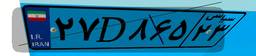
۲۷D۸۶۵۲۳